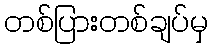
တစ်ပြားတစ်ချပ်မှ